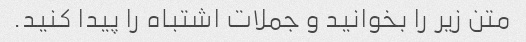
متن زیر را بخوانید و جملات اشتباه را پیدا کنید.